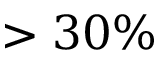
> 3 0 \%